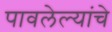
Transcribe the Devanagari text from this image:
पावलेल्यांचे